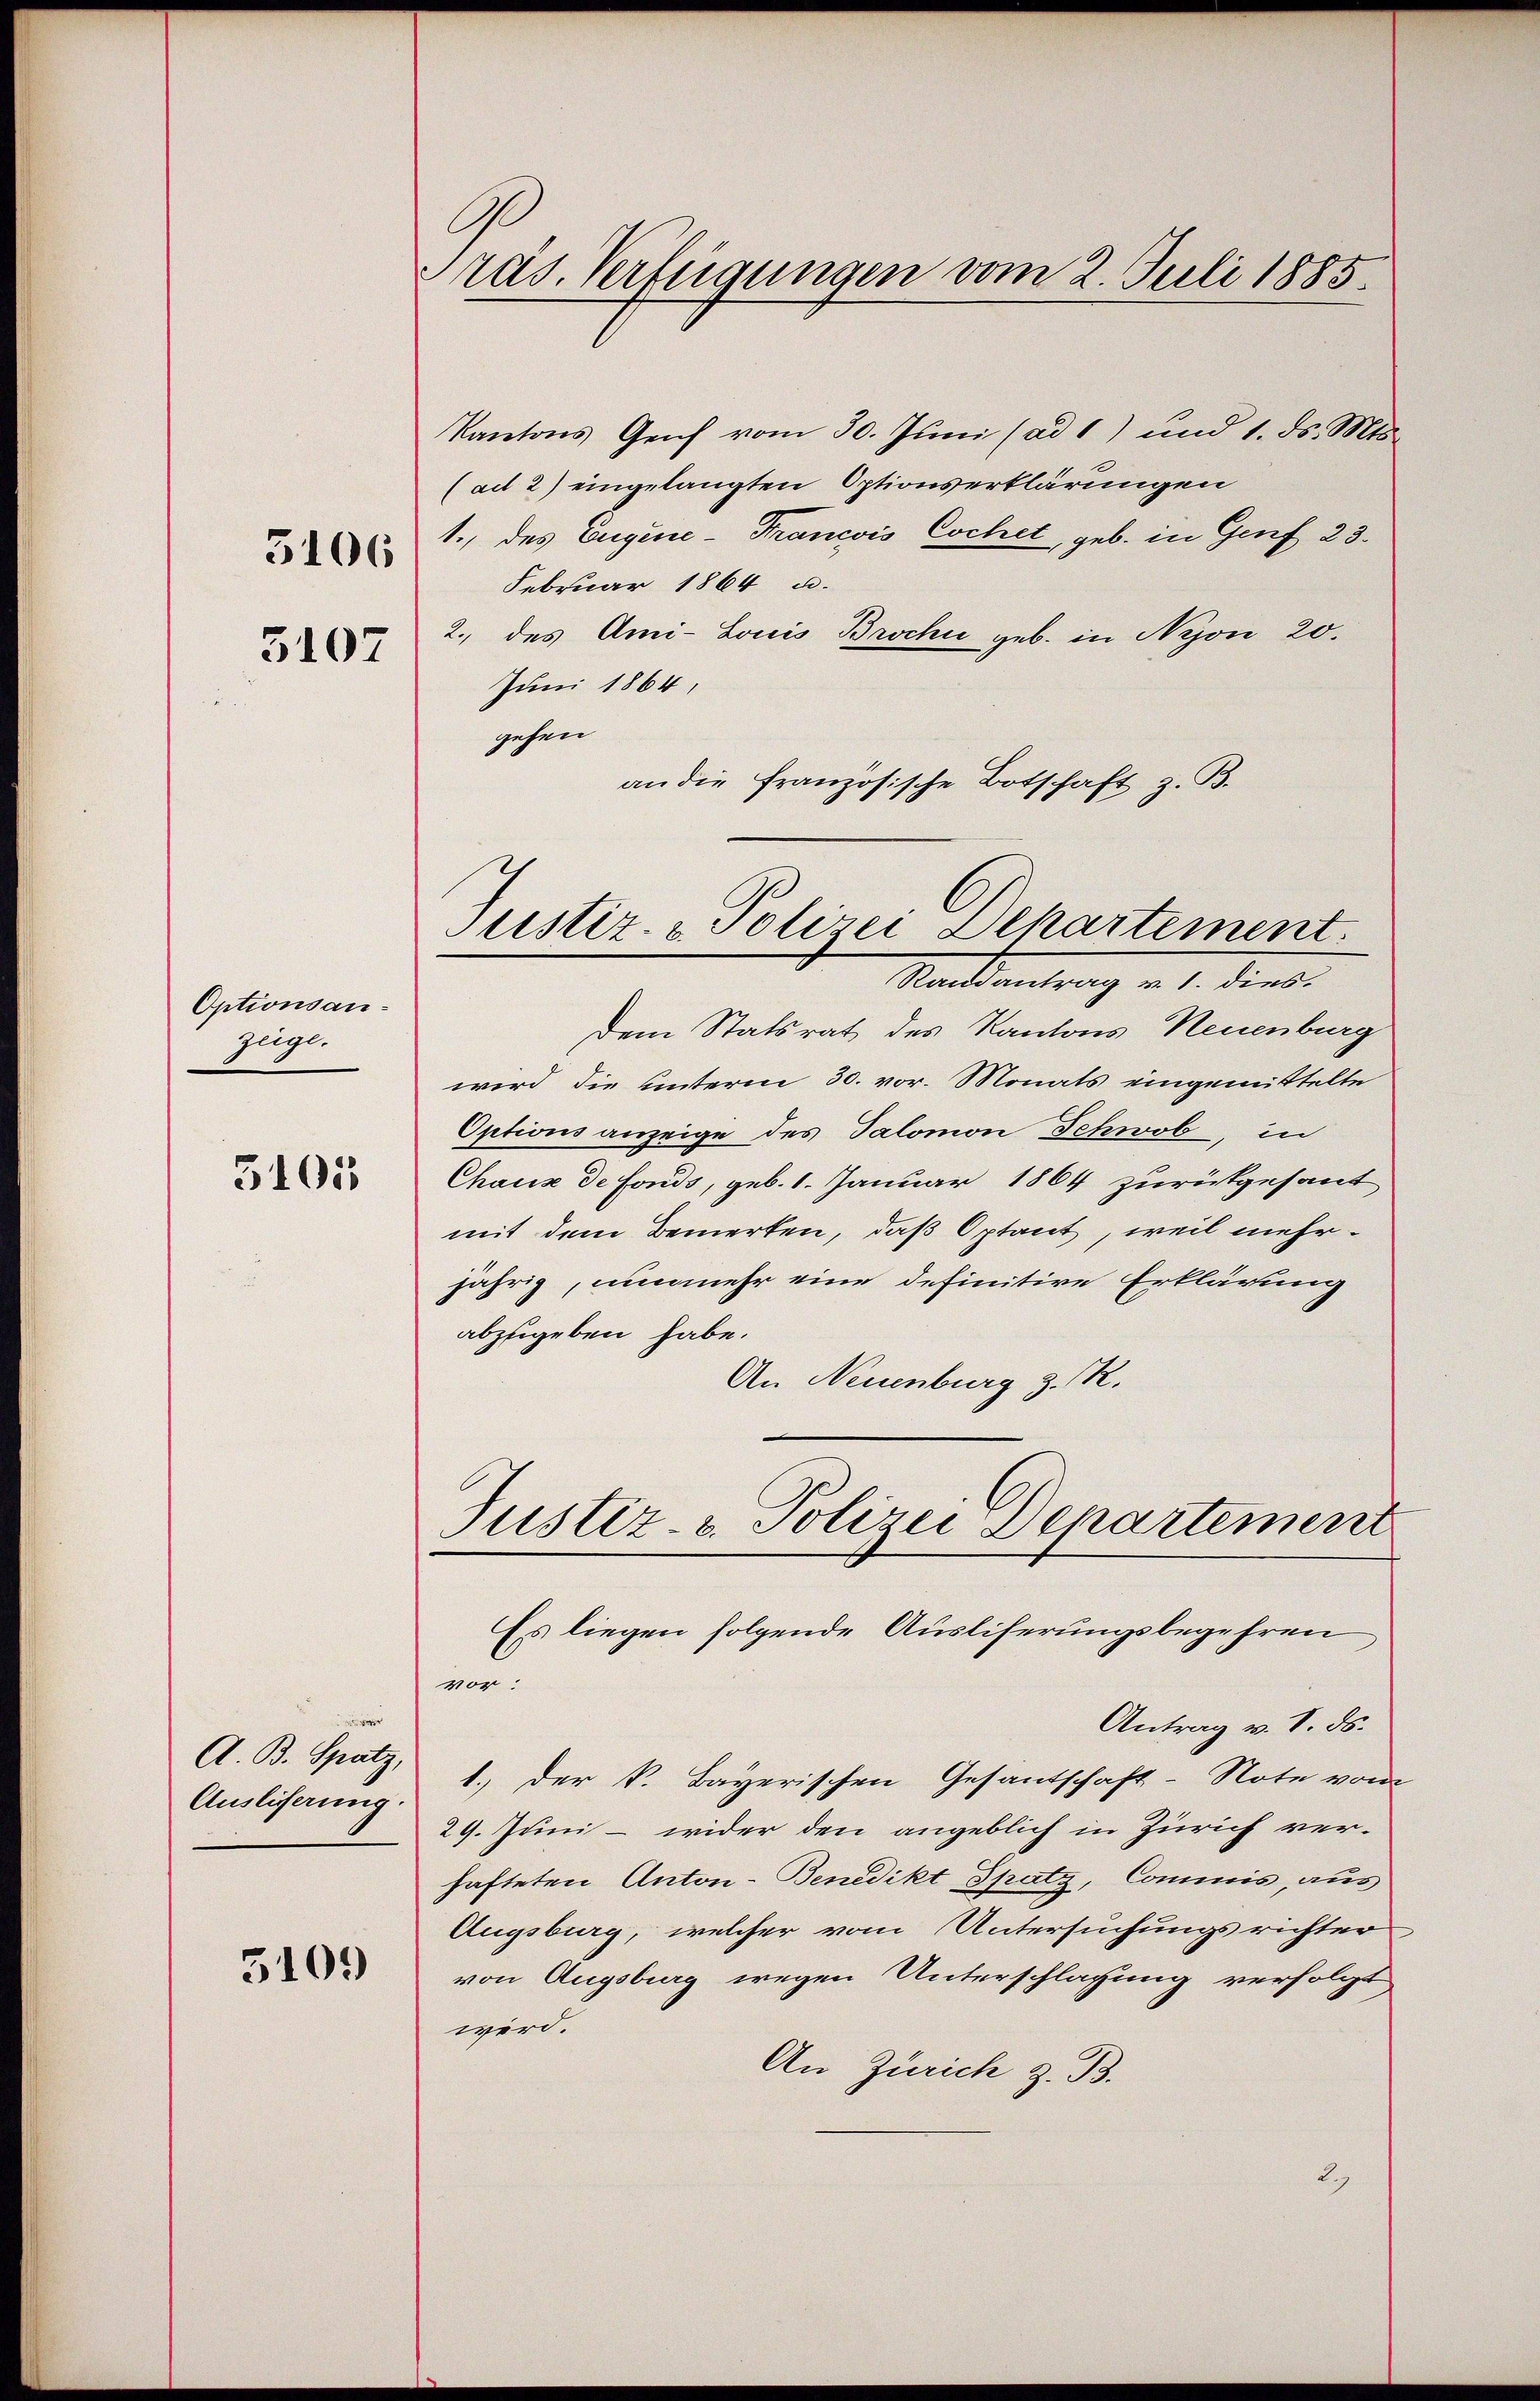
5106

3107

Optionsanzüge.

3105

A. B. Spatz,
Ausliserung.

3109

räs. Verfügungen vom 2. Juli 1885.

Kantons Genf vom 30. Juni (ad 1) und 1. ds. Mts.
(ad 2) eingelangten Optionserklärungen
1., des Eugene-Francois Cochet, geb. in Genf 23.
Februar 1864 u.
2. des Ami-Louis Brochi geb. in Nyon 20.
Juni 1864,
gehen
an die französische Botschaft z. B.

Justiz- & Polizei Departement.
Randantrag v. 1. dies

Es liegen folgende Auslieferungsbegehren

Dem Statsrat des Kantons Neuenburg
wird die unterm 30. vor. Monats eingemittelte
Options anzeige des Salomon Schwob, in
Chaux de Fonds, geb. 1. Januar 1864 zurückgesant
mit dem Bemerken, daß Optant, weil mehrjährig, nunmehr eine definitive Erklärung
abzugeben habe.
An Neuenburg z. R.
Justiz- & Polizei Departement

vor:
Antrag v. V. ds.
1.) der k. Bayerischen Gesantschaft-Note vom
29. Juni - wider den angeblich in Zürich verhafteten Anton- Benedikt Spatz, Commis, aus
Augsburg, welcher vom Untersuchungsrichter
von Augsburg wegen Unterschlagung verfolgt
wird.
An Zürich z. B.
2)